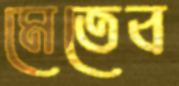
মেতেব